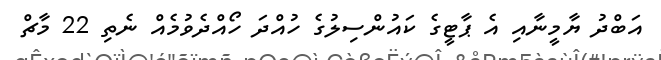
އަބްދު ޔާމީނާއި އެ ޕާޓީގެ ކައުންސިލުގެ ހުއްދަ ހޯއްދެވުމެއް ނެތި 22 މާޗް